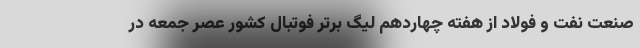
صنعت نفت و فولاد از هفته چهاردهم لیگ برتر فوتبال کشور عصر جمعه در